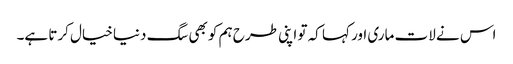
اس نے لات ماری اور کہا کہ تو اپنی طرح ہم کو بھی سگ دنیا خیال کرتا ہے۔